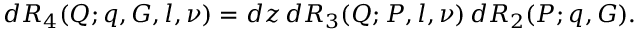
d { \cal R } _ { 4 } ( Q ; q , G , l , \nu ) = d z \, d { \cal R } _ { 3 } ( Q ; P , l , \nu ) \, d { \cal R } _ { 2 } ( P ; q , G ) .